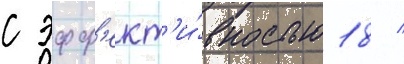
с эфф'ект'и́вностью 18 /